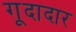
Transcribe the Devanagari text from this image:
गूदादार